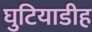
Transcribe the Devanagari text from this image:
घुटियाडीह